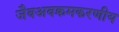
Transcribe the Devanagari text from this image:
जैवअवक्रमकरणीय